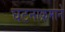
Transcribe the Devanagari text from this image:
घटनाक्रमाने